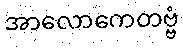
အာလောကေတဗ္ဗံ